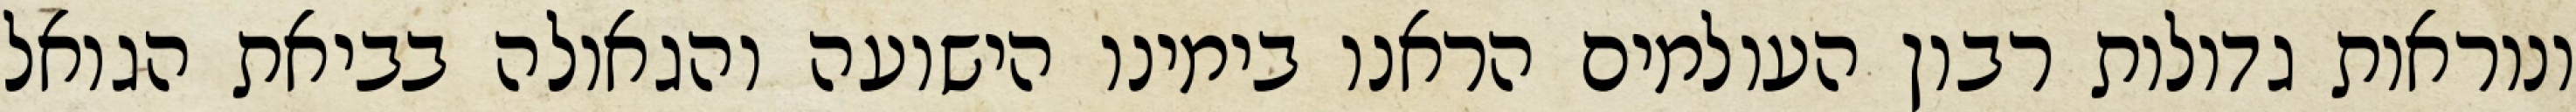
ונוראות גדולות רבון העולמים הראנו בימינו הישועה והגאולה בביאת הגואל